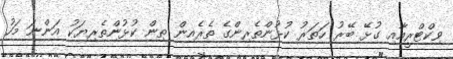
ވިކްޓްރީއާއި ގުޅޭ ބޭރު ހަތަރު ކުޅުންތެރިންގެ ތެރެއިން ތިން ކުޅުންތެރިޔަކު އަންނަ މަހު